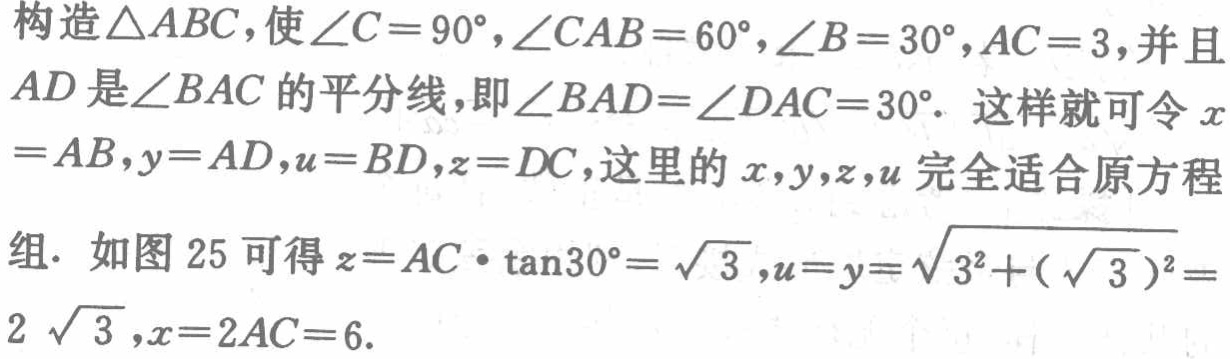
构造$\triangle ABC$，使$\angle C = 90^{\circ},\angle CAB = 60^{\circ},\angle B = 30^{\circ},AC = 3$，并且$AD$是$\angle BAC$的平分线，即$\angle BAD=\angle DAC = 30^{\circ}$. 这样就可令$x = AB,y = AD,u = BD,z = DC$，这里的$x,y,z,u$完全适合原方程组. 如图 25 可得$z = AC\cdot\tan30^{\circ}=\sqrt{3},u = y=\sqrt{3^{2}+(\sqrt{3})^{2}}=2\sqrt{3},x = 2AC = 6$.